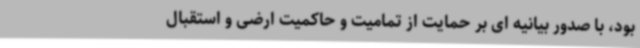
بود، با صدور بیانیه ای بر حمایت از تمامیت و حاکمیت ارضی و استقبال